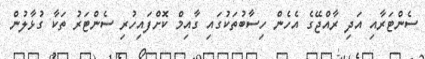
ސެންޓަރާއި އަދި ރާއްޖޭގެ އެހެން ހިސާބުތަކުގައި ގާއިމް ކޮށްފައިހުރި ސެންޓަރު ތަކާ ގުޅާލުން